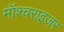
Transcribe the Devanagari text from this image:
मॉश्चराइजर